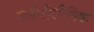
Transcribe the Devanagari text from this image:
क्लोरोस्टैनिक